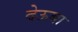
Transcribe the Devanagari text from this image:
देऊबा